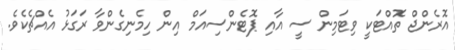
އޮރެންޖް ތޮއްޓަކީ ވިޓަމިން ސީ އާއި ޕޮޓެންސިއަމް އިން ހިމެނިގެންވާ ރަގަޅު އެއްޗެކެވެ.